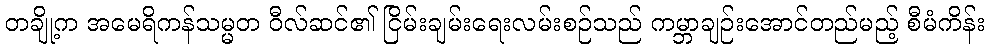
တချို့က အမေရိကန်သမ္မတ ဝီလ်ဆင်၏ ငြိမ်းချမ်းရေးလမ်းစဉ်သည် ကမ္ဘာချဉ်းအောင်တည်မည့် စီမံကိန်း